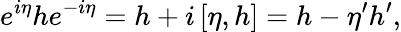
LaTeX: e^{i\eta}he^{-i\eta}=h+i\left[\eta,h\right]=h-\eta^{\prime}h^{\prime},